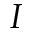
I